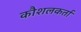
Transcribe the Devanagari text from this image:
कौशलकर्ता